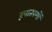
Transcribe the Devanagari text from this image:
रूपातरणों